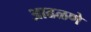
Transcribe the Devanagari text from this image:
आढळणे